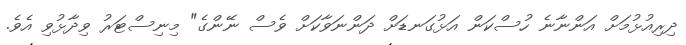
ދިރިއުޅުމަށް އަންނާނެ ހުސްކަން އަޅުގަނޑަށް ދަންނަވާކަށް ވެސް ނޭންގެ" މިނިސްޓަރު ވިދާޅުވި އެވެ.